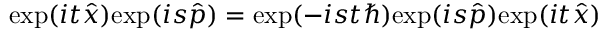
\mathrm { e x p } ( i t { \hat { x } } ) \mathrm { e x p } ( i s { \hat { p } } ) = \mathrm { e x p } ( - i s t \hbar ) \mathrm { e x p } ( i s { \hat { p } } ) \mathrm { e x p } ( i t { \hat { x } } )